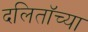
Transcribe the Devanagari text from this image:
दलिताॅच्या